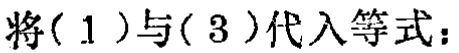
将(1)与(3)代入等式：